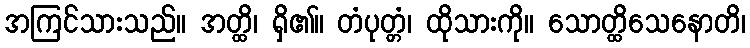
အကြင်သားသည်။ အတ္ထိ၊ ရှိ၏။ တံပုတ္တံ၊ ထိုသားကို။ သောတ္ထိသေနောတိ၊